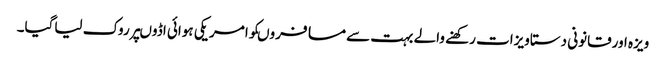
ویزہ اورقانونی دستاویزات رکھنے والے بہت سے مسافروںکوامریکی ہوائی اڈوںپرروک لیاگیا۔